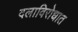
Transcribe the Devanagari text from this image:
दलाविरोधात